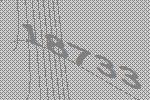
18733